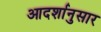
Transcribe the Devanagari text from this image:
आदर्शानुसार